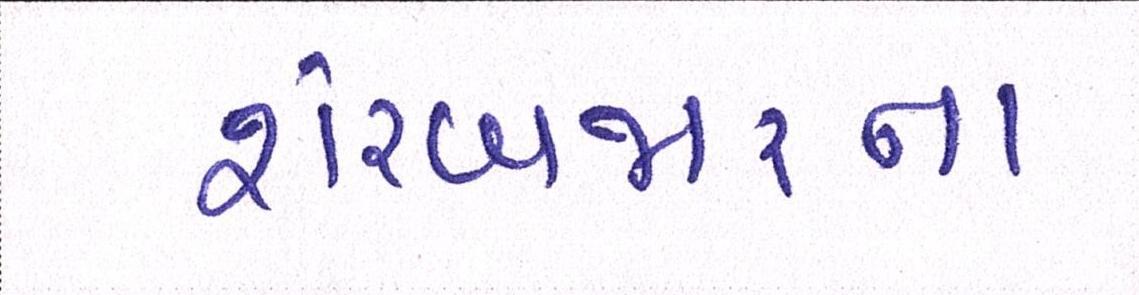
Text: શેરબજારના